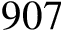
9 0 7